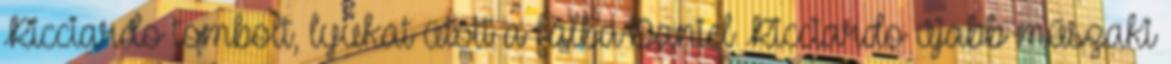
Ricciardo tombolt, lyukat ütött a falbaDaniel Ricciardo újabb műszaki